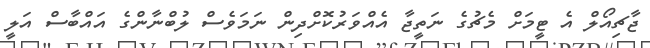
ޖާޗިއޯލް އެ ޓީމަށް މެޗުގެ ނަތީޖާ އެއްވަރުކޮށްދިން ނަމަވެސް ލުބްނާންގެ އައްބާސް އަލީ